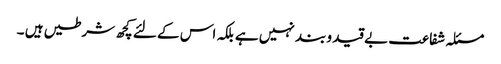
مسئلہ شفاعت بے قید و بند نہیں ہے بلکہ اس کے لئے کچھ شرطیں ہیں ۔